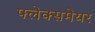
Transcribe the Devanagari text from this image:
फ्लेक्समेयर